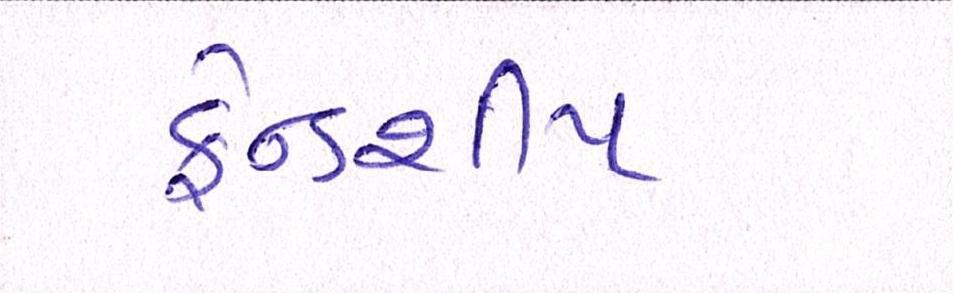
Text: ફ્રેન્ડશીપ